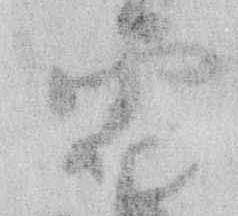
雪